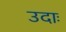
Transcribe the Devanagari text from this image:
उदाः